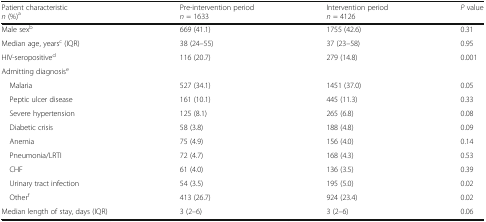
| Patient characteristicn (%)a | Pre-intervention periodn = 1633 | Intervention periodn = 4126 | P value |
 | --- | --- | --- | --- |
 | Male sexb | 669 (41.1) | 1755 (42.6) | 0.31 |
 | Median age, yearsc (IQR) | 38 (24–55) | 37 (23–58) | 0.95 |
 | HIV-seropositived | 116 (20.7) | 279 (14.8) | 0.001 |
 | <COLSPAN=4> Admitting diagnosise |
 | Malaria | 527 (34.1) | 1451 (37.0) | 0.05 |
 | Peptic ulcer disease | 161 (10.1) | 445 (11.3) | 0.33 |
 | Severe hypertension | 125 (8.1) | 265 (6.8) | 0.08 |
 | Diabetic crisis | 58 (3.8) | 188 (4.8) | 0.09 |
 | Anemia | 75 (4.9) | 156 (4.0) | 0.14 |
 | Pneumonia/LRTI | 72 (4.7) | 168 (4.3) | 0.53 |
 | CHF | 61 (4.0) | 136 (3.5) | 0.39 |
 | Urinary tract infection | 54 (3.5) | 195 (5.0) | 0.02 |
 | Otherf | 413 (26.7) | 924 (23.4) | 0.02 |
 | Median length of stay, days (IQR) | 3 (2–6) | 3 (2–6) | 0.06 |